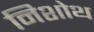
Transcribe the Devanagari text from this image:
निशोथ